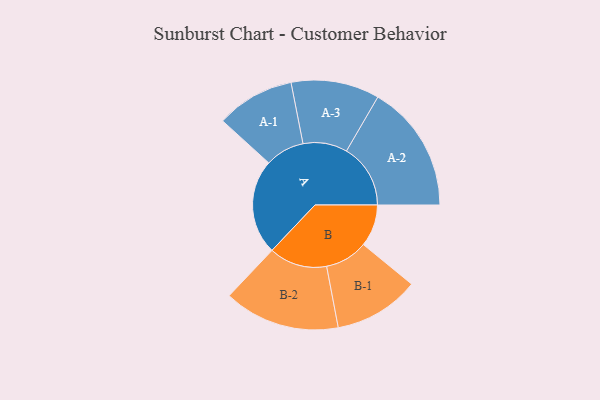
{"axis": {"x": "Segment", "y": "Value"}, "legend": ["", "A", "B"], "data": [{"x": "A", "y": 398, "type": ""}, {"x": "B", "y": 176, "type": ""}, {"x": "A-1", "y": 164, "type": "A"}, {"x": "A-2", "y": 268, "type": "A"}, {"x": "A-3", "y": 185, "type": "A"}, {"x": "B-1", "y": 179, "type": "B"}, {"x": "B-2", "y": 243, "type": "B"}]}